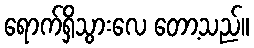
ရောက်ရှိသွားလေ တော့သည်။